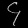
Digit: ၄